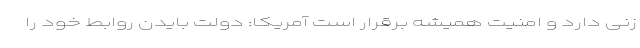
زنی دارد و امنیت همیشه برقرار است آمریکا: دولت بایدن روابط خود را